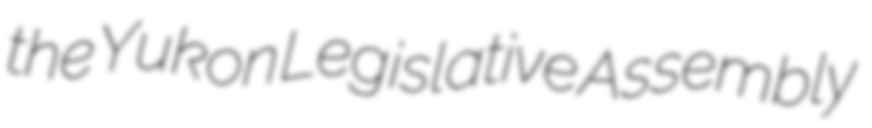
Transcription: the Yukon Legislative Assembly